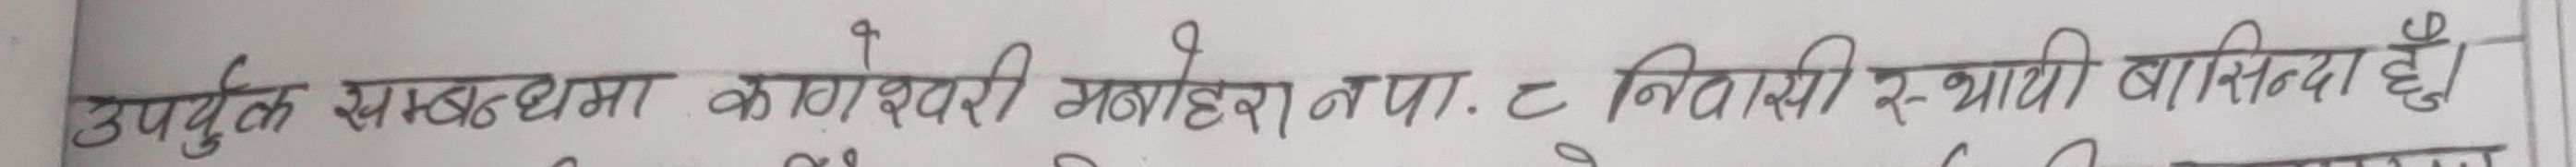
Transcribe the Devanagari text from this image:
उपर्युक्त सम्बन्धमा कागेश्वरी मनोहरा नपा. ८ निवासी स्थायी बासिन्दा हुनु।